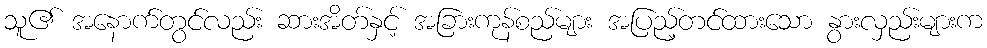
သူ၏ အနောက်တွင်လည်း ဆားအိတ်နှင့် အခြားကုန်စည်များ အပြည့်တင်ထားသော နွားလှည်းများက